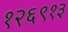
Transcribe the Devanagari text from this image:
१२६९१३